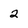
Character: 2